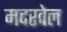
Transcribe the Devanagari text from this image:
मदरवेल